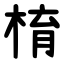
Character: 棛